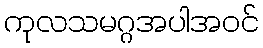
ကုလသမဂ္ဂအပါအဝင်